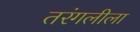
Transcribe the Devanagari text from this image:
तरंगलीला